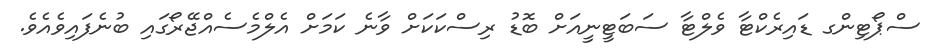
ސްޕޯޓިންގ ޑައިރެކްޓާ ވެލްޓާ ސަބަޓީނީއަށް ބޮޑު ރިސްކަކަށް ވާނެ ކަމަށް އެލްމެސެއްޖޭރޯގައި ބުނެފައިވެއެވެ.